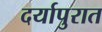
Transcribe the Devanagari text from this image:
दर्यापुरात